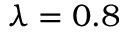
\lambda = 0 . 8